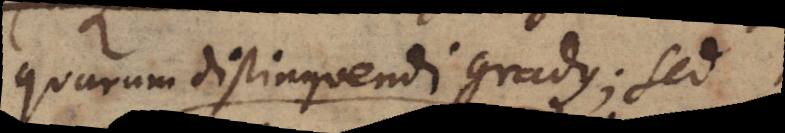
quarum distinguendi gradus; sed